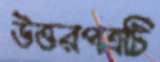
উত্তরপত্রটি